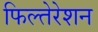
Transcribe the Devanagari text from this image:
फिल्तेरेशन